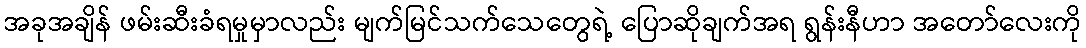
အခုအချိန် ဖမ်းဆီးခံရမှုမှာလည်း မျက်မြင်သက်သေတွေရဲ့ ပြောဆိုချက်အရ ရွန်းနီဟာ အတော်လေးကို